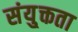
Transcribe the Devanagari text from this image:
संयु्क्तता